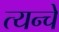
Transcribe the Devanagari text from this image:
त्यन्चे